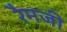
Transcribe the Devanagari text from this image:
रैमजी